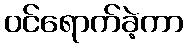
ဝင်ရောက်ခဲ့ကာ